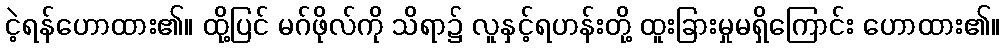
ငဲ့ရန်ဟောထား၏။ ထို့ပြင် မဂ်ဖိုလ်ကို သိရာ၌ လူနှင့်ရဟန်းတို့ ထူးခြားမှုမရှိကြောင်း ဟောထား၏။